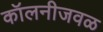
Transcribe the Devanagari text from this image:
कॉलनीजवळ